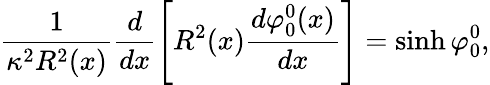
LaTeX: \frac{1}{\kappa^{2}R^{2}(x)}\frac{d}{dx}\left[R^{2}(x)\frac{d\varphi_{0}^{0}(x)}{dx}\right]=\sinh\varphi_{0}^{0},